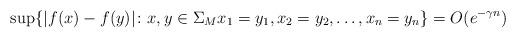
LaTeX: \begin{align*}\sup\{|f(x)-f(y)|\colon x,y\in \Sigma_Mx_1=y_1,x_2=y_2,\ldots,x_n=y_n\}=O(e^{-\gamma n})\end{align*}